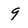
Character: 9